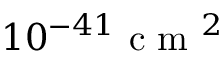
1 0 ^ { - 4 1 } { \textrm { c m } } ^ { 2 }